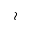
\wr